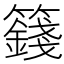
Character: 籛